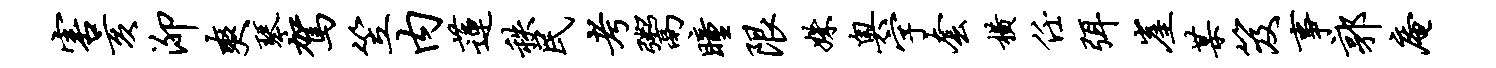
害亥泖爽琴驾笠内莲秩民考鬻瞳限姝奥字套横任弭崖某笈事郭庵